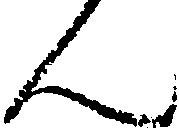
ん